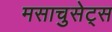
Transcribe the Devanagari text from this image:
मसाचुसेट्स